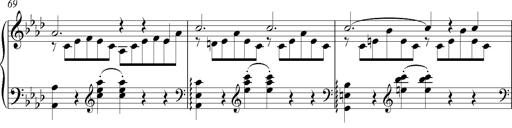
Title: LiebestrÃ¤ume
Composer: Franz Behr
Key: E-flat major